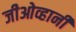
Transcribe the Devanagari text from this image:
जीओव्हानी